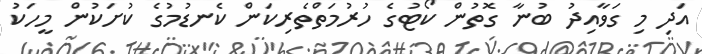
އަދި މި ގަވާއިދު ބުނާ ގޮތުން ކޯޓުގެ ހުރުމަތްތެރިކަން ކެނޑުމުގެ ކުށަކުން މީހަކު